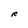
Character: R